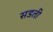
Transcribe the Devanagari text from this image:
सडती